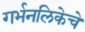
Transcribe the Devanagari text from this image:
गर्भनलिकेचे